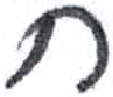
אות: ח